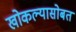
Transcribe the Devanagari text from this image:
खोकल्यासोबत